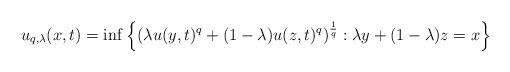
LaTeX: \begin{align*} u_{q, \lambda}(x, t)=\inf\left\{\left(\lambda u(y, t)^q+(1-\lambda) u(z, t)^q\right)^{{1\over q}}: \lambda y+(1-\lambda)z=x\right\}\end{align*}